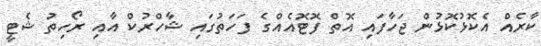
ކާރެއް އެކޮޅުކޮޅުން ޖަހާފައި އޮތް ފޮޓޮއެއްގެ ފަހަތުގައި ޝާހްރުކް އާއި ރޯހިތު ޝެޓީ